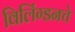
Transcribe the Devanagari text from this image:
विलिंग्डनचे